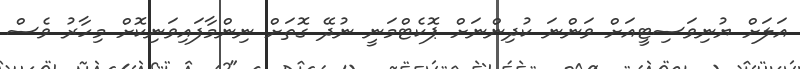
އަލަށް ޔުނިވަސިޓީއަށް ވަންނަ ކުދިންނަށް ޕޮކެޓްމަނީ ނުދޭ ގޮތަށް ނިންމާފައިވަނިކޮށް މިހާރު ވެސް